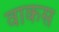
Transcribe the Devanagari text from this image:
वाकस